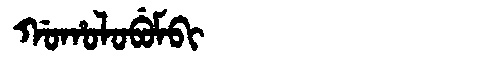
Manchu: ᡤᠣᡥᠣᠯᠣᠪᡠᠮᠪᡳ
Romanization: GOHOLOBUMBI